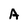
Character: A